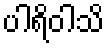
ပါရိဝါသိ